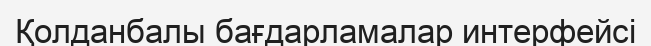
Қолданбалы бағдарламалар интерфейсі